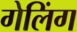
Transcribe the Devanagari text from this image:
गेलिंग